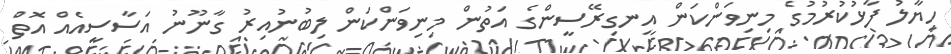
ހިޔާލު ފާޅުކުރުމުގެ މިނިވަންކަން އިނގިރޭސީންގެ އަތުން މިނިވަންކަން ލިބުނުއިރު ގާނޫނު އަސާސީއެއް އޮތް